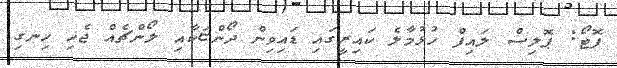
ފޮޓޯ: ޕޮލިސް ލައިފް ހުޅުމާލެ ކައިރީގައި ޑައިވިން ދޯންޏަކާއި ލޯންޗެއް ޖެހި ހިނގި